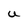
Character: U